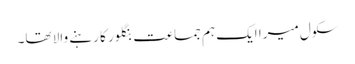
سکول میرا ایک ہم جماعت بنگلور کا رہنے والا تھا۔